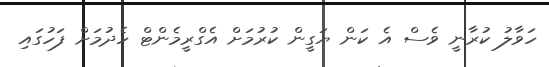
ހަވާލު ކުރާނީ ވެސް އެ ކަން ޔަގީން ކުރުމަށް އެގްރީމެންޓް ހެދުމަށް ފަހުގައި